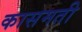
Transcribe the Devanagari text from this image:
कासमती